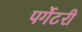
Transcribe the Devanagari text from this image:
पर्गेटरी